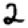
Digit: 2